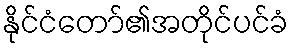
နိုင်ငံတော်၏အတိုင်ပင်ခံ